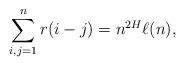
LaTeX: \begin{align*} \sum_{i,j=1}^n r(i-j) = n^{2H} \ell(n), \end{align*}